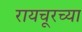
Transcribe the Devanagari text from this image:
रायचूरच्या